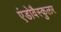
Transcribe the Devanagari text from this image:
एंडोवैस्कुलर